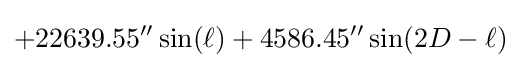
+22639.55''\sin(\ell )+4586.45''\sin(2D-\ell )